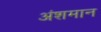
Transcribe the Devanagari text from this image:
अंशमान